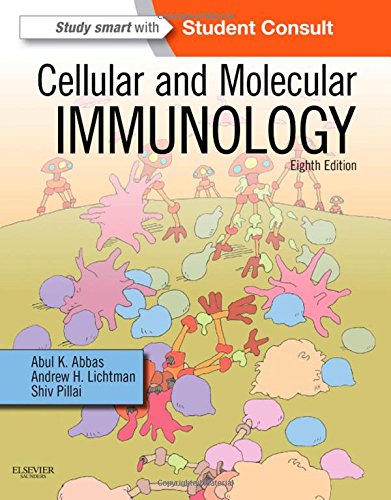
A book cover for Cellular and Molecular Immunology, 8e (Cellular and Molecular Immunology, Abbas); Abul K. Abbas MBBS; Medical Books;